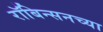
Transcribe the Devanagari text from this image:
रॉबिन्सनच्या